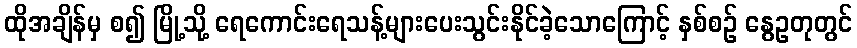
ထိုအချိန်မှ စ၍ မြို့သို့ ရေကောင်းရေသန့်များပေးသွင်းနိုင်ခဲ့သောကြောင့် နှစ်စဉ် နွေဥတုတွင်